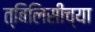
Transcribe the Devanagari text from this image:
त्बिलिसीच्या